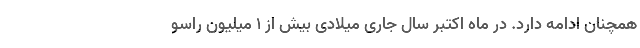
همچنان ادامه دارد. در ماه اکتبر سال جاری میلادی بیش از 1 میلیون راسو